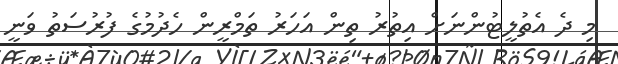
މި ދެ އެތުލީޓުންނަށް އިތުރު ތިން އަހަރު ތަމްރީން ހެދުމުގެ ފުރުސަތު ވަނީ